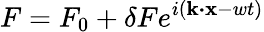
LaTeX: F=F_{0}+\delta Fe^{i(\textbf{k}\boldsymbol{\cdot}\textbf{x}-wt)}